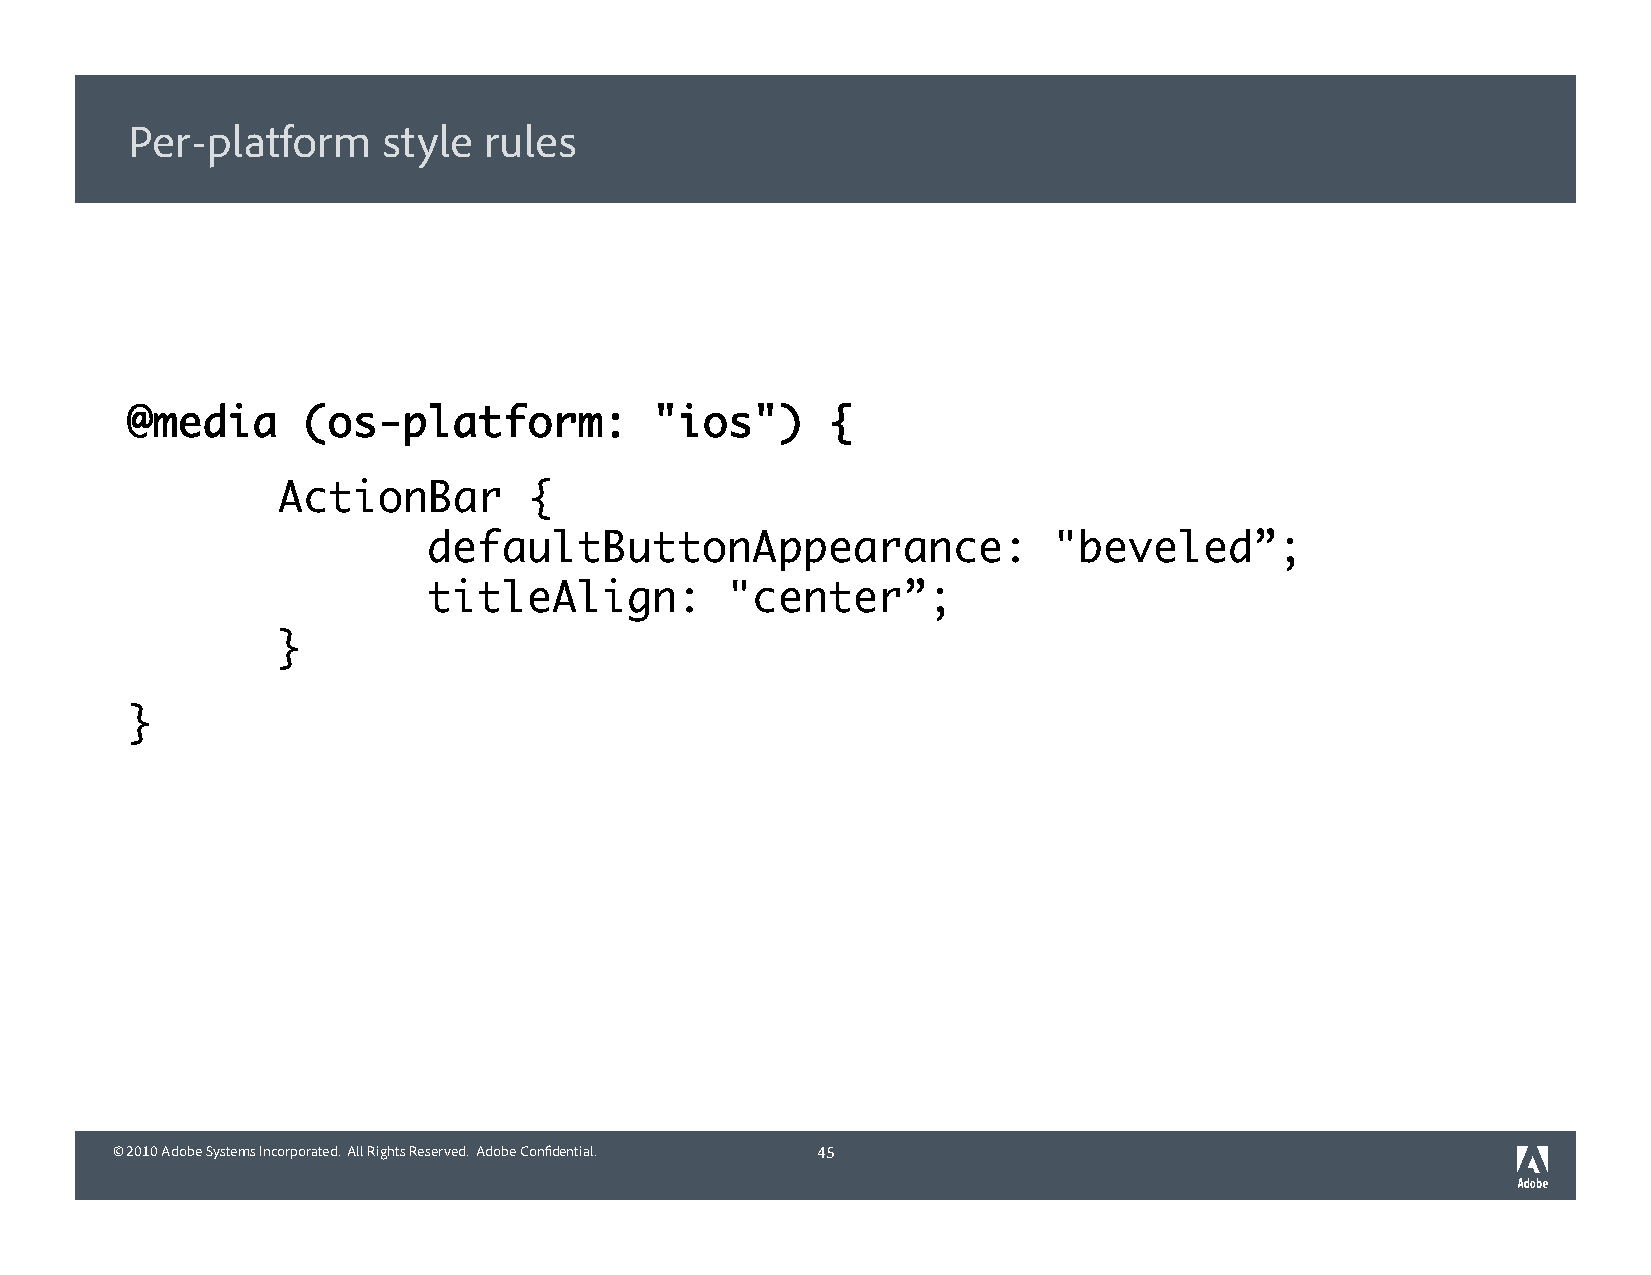
Per-platform     style  rules
 @media      (os-platform:          "ios")      {
 ActionBar        {
 defaultButtonAppearance:                  "beveled”;
 titleAlign:         "center”;
 }
 }
 © 2010 Adobe Systems Incorporated. All Rights Reserved. Adobe Confidential. 45